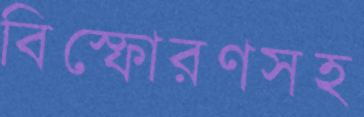
বিস্ফোরণসহ